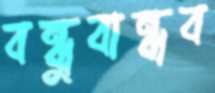
বন্ধুবান্ধব